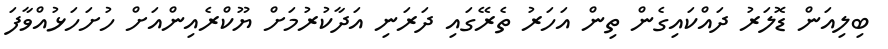
ބިލިއަން ޑޮލަރު ދައްކައިގެން ތިން އަހަރު ތެރޭގައި ދަރަނި އަދާކުރުމަށް ޔޫކްރެއިންއަށް ހުށަހަޅުއްވާފަ